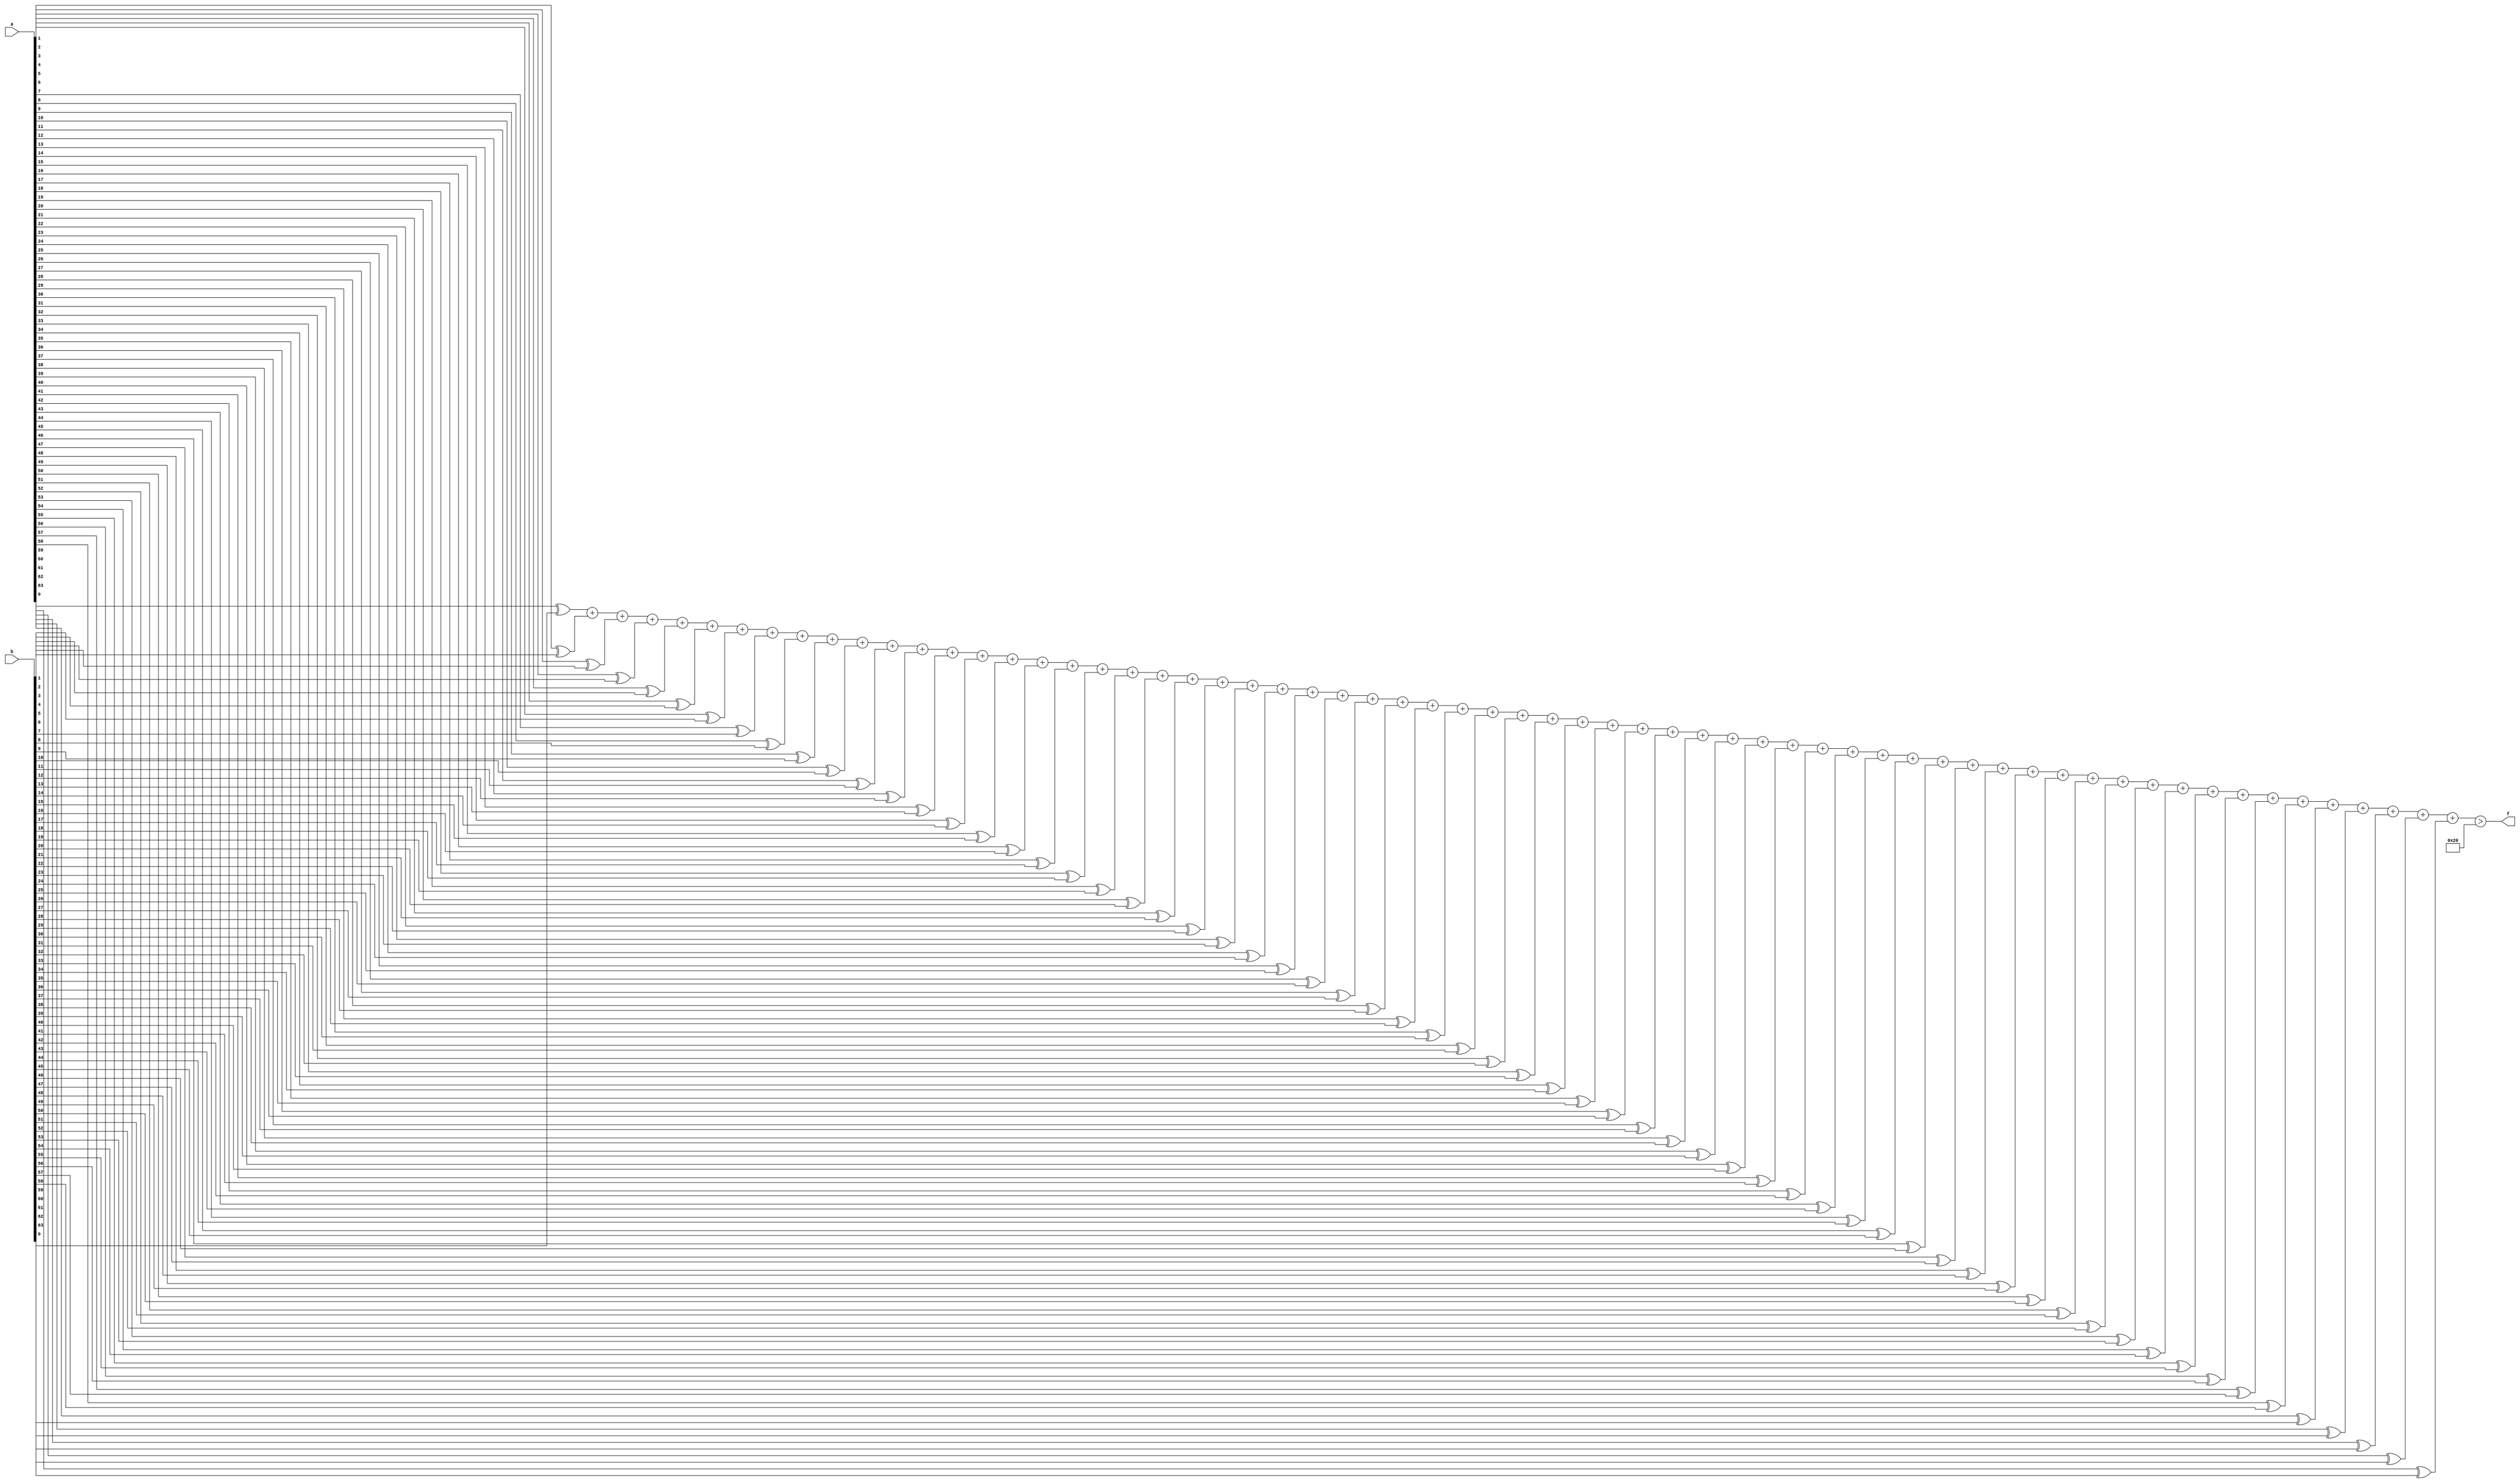
module mhd_mit(a, b, f);
parameter _bit = 64;
parameter mhd = 32;
input [_bit - 1: 0] a;
input [_bit - 1: 0] b;
output f;
wire [_bit - 1: 0] diff;
wire [6: 0] sum;
assign diff[0] = a[0] ^ b[0];
assign diff[1] = a[1] ^ b[1];
assign diff[2] = a[2] ^ b[2];
assign diff[3] = a[3] ^ b[3];
assign diff[4] = a[4] ^ b[4];
assign diff[5] = a[5] ^ b[5];
assign diff[6] = a[6] ^ b[6];
assign diff[7] = a[7] ^ b[7];
assign diff[8] = a[8] ^ b[8];
assign diff[9] = a[9] ^ b[9];
assign diff[10] = a[10] ^ b[10];
assign diff[11] = a[11] ^ b[11];
assign diff[12] = a[12] ^ b[12];
assign diff[13] = a[13] ^ b[13];
assign diff[14] = a[14] ^ b[14];
assign diff[15] = a[15] ^ b[15];
assign diff[16] = a[16] ^ b[16];
assign diff[17] = a[17] ^ b[17];
assign diff[18] = a[18] ^ b[18];
assign diff[19] = a[19] ^ b[19];
assign diff[20] = a[20] ^ b[20];
assign diff[21] = a[21] ^ b[21];
assign diff[22] = a[22] ^ b[22];
assign diff[23] = a[23] ^ b[23];
assign diff[24] = a[24] ^ b[24];
assign diff[25] = a[25] ^ b[25];
assign diff[26] = a[26] ^ b[26];
assign diff[27] = a[27] ^ b[27];
assign diff[28] = a[28] ^ b[28];
assign diff[29] = a[29] ^ b[29];
assign diff[30] = a[30] ^ b[30];
assign diff[31] = a[31] ^ b[31];
assign diff[32] = a[32] ^ b[32];
assign diff[33] = a[33] ^ b[33];
assign diff[34] = a[34] ^ b[34];
assign diff[35] = a[35] ^ b[35];
assign diff[36] = a[36] ^ b[36];
assign diff[37] = a[37] ^ b[37];
assign diff[38] = a[38] ^ b[38];
assign diff[39] = a[39] ^ b[39];
assign diff[40] = a[40] ^ b[40];
assign diff[41] = a[41] ^ b[41];
assign diff[42] = a[42] ^ b[42];
assign diff[43] = a[43] ^ b[43];
assign diff[44] = a[44] ^ b[44];
assign diff[45] = a[45] ^ b[45];
assign diff[46] = a[46] ^ b[46];
assign diff[47] = a[47] ^ b[47];
assign diff[48] = a[48] ^ b[48];
assign diff[49] = a[49] ^ b[49];
assign diff[50] = a[50] ^ b[50];
assign diff[51] = a[51] ^ b[51];
assign diff[52] = a[52] ^ b[52];
assign diff[53] = a[53] ^ b[53];
assign diff[54] = a[54] ^ b[54];
assign diff[55] = a[55] ^ b[55];
assign diff[56] = a[56] ^ b[56];
assign diff[57] = a[57] ^ b[57];
assign diff[58] = a[58] ^ b[58];
assign diff[59] = a[59] ^ b[59];
assign diff[60] = a[60] ^ b[60];
assign diff[61] = a[61] ^ b[61];
assign diff[62] = a[62] ^ b[62];
assign diff[63] = a[63] ^ b[63];
assign sum = diff[0] + diff[1] + diff[2] + diff[3] + diff[4] + diff[5] + diff[6] + diff[7] + diff[8] + diff[9] + diff[10] + diff[11] + diff[12] + diff[13] + diff[14] + diff[15] + diff[16] + diff[17] + diff[18] + diff[19] + diff[20] + diff[21] + diff[22] + diff[23] + diff[24] + diff[25] + diff[26] + diff[27] + diff[28] + diff[29] + diff[30] + diff[31] + diff[32] + diff[33] + diff[34] + diff[35] + diff[36] + diff[37] + diff[38] + diff[39] + diff[40] + diff[41] + diff[42] + diff[43] + diff[44] + diff[45] + diff[46] + diff[47] + diff[48] + diff[49] + diff[50] + diff[51] + diff[52] + diff[53] + diff[54] + diff[55] + diff[56] + diff[57] + diff[58] + diff[59] + diff[60] + diff[61] + diff[62] + diff[63];
assign f = (sum > mhd);
endmodule